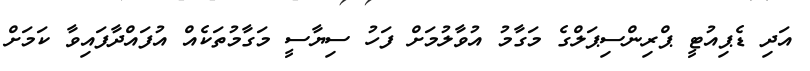
އަދި ޑެޕިއުޓީ ޕްރިންސިޕަލްގެ މަގާމު އުވާލުމަށް ފަހު ސިޔާސީ މަގާމުތަކެއް އުފައްދާފައިވާ ކަމަށް